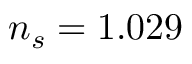
n _ { s } = 1 . 0 2 9